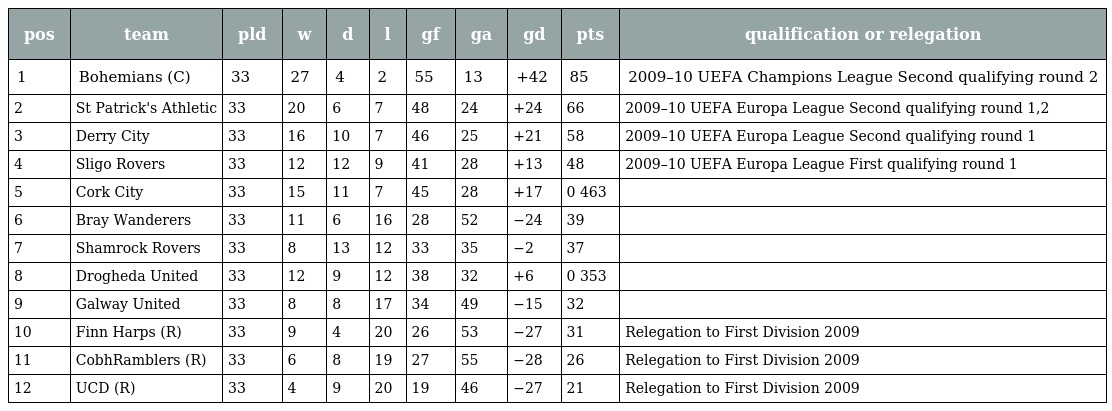
| pos | team | pld | w | d | l | gf | ga | gd | pts | qualification or relegation |
 | --- | --- | --- | --- | --- | --- | --- | --- | --- | --- | --- |
 | 1 | Bohemians (C) | 33 | 27 | 4 | 2 | 55 | 13 | +42 | 85 | 2009–10 UEFA Champions League Second qualifying round 2 |
 | 2 | St Patrick's Athletic | 33 | 20 | 6 | 7 | 48 | 24 | +24 | 66 | 2009–10 UEFA Europa League Second qualifying round 1,2 |
 | 3 | Derry City | 33 | 16 | 10 | 7 | 46 | 25 | +21 | 58 | 2009–10 UEFA Europa League Second qualifying round 1 |
 | 4 | Sligo Rovers | 33 | 12 | 12 | 9 | 41 | 28 | +13 | 48 | 2009–10 UEFA Europa League First qualifying round 1 |
 | 5 | Cork City | 33 | 15 | 11 | 7 | 45 | 28 | +17 | 0 463 |  |
 | 6 | Bray Wanderers | 33 | 11 | 6 | 16 | 28 | 52 | −24 | 39 |  |
 | 7 | Shamrock Rovers | 33 | 8 | 13 | 12 | 33 | 35 | −2 | 37 |  |
 | 8 | Drogheda United | 33 | 12 | 9 | 12 | 38 | 32 | +6 | 0 353 |  |
 | 9 | Galway United | 33 | 8 | 8 | 17 | 34 | 49 | −15 | 32 |  |
 | 10 | Finn Harps (R) | 33 | 9 | 4 | 20 | 26 | 53 | −27 | 31 | Relegation to First Division 2009 |
 | 11 | CobhRamblers (R) | 33 | 6 | 8 | 19 | 27 | 55 | −28 | 26 | Relegation to First Division 2009 |
 | 12 | UCD (R) | 33 | 4 | 9 | 20 | 19 | 46 | −27 | 21 | Relegation to First Division 2009 |